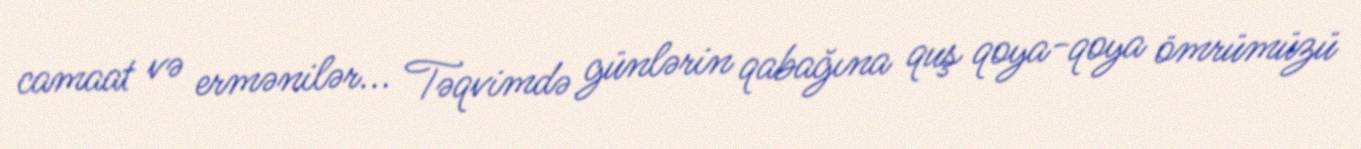
camaat və ermənilər... Təqvimdə günlərin qabağına quş qoya-qoya ömrümüzü